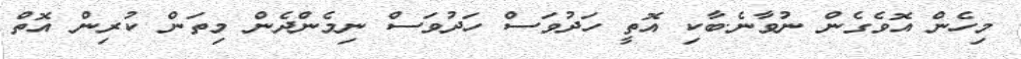
މިހެން އޮވެގެން ނުވާނެ.ބާކި އޮތީ ހަދުވަސް ހަދުވަސް ނިމެންދެން މިތަން ކުރިން އޮތް